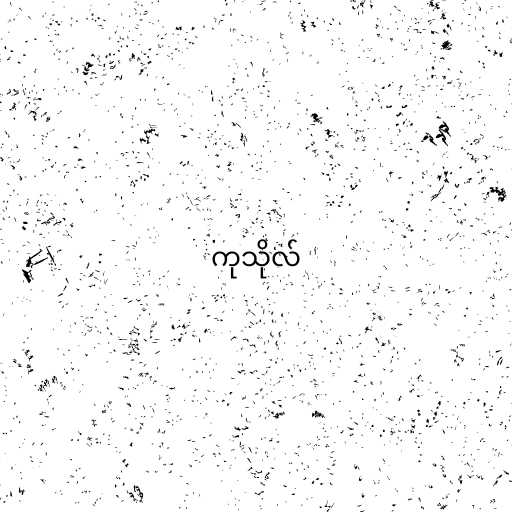
ကုသိုလ်